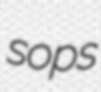
sops